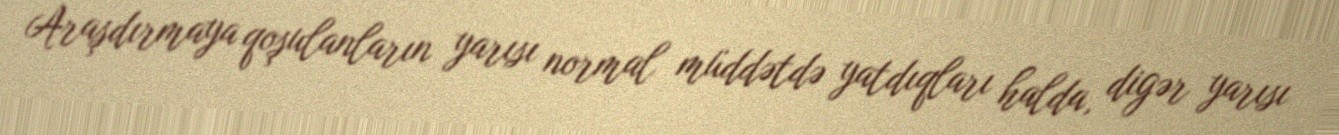
Araşdırmaya qoşulanların yarısı normal müddətdə yatdıqları halda, digər yarısı